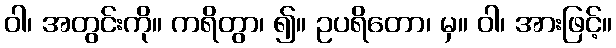
ဝါ၊ အတွင်းကို။ ကရိတွာ၊ ၍။ ဥပရိတော၊ မှ။ ဝါ၊ အားဖြင့်။